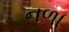
નળા